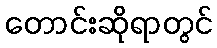
တောင်းဆိုရာတွင်